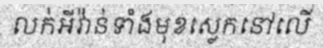
លក់អីវ៉ាន់ទាំងមុខស្លេកនៅលើ